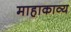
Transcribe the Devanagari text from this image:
माहाकाव्य